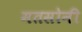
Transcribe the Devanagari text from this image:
मतसोनी